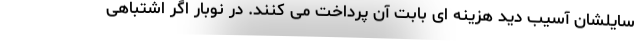
سایلشان آسیب دید هزینه ای بابت آن پرداخت می کنند. در نوبار اگر اشتباهی